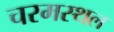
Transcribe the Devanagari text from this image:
चरमस्थल